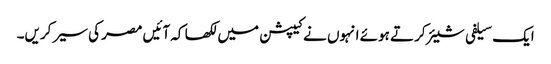
ایک سیلفی شیئر کرتے ہوئے انہوں نے کیپشن میں لکھا کہ آئیں مصر کی سیر کریں۔